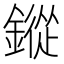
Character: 鏦